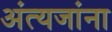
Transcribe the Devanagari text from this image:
अंत्यजांना